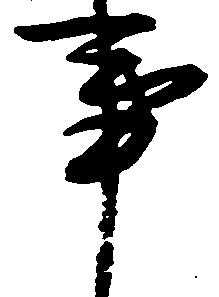
事